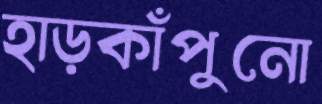
হাড়কাঁপুনো